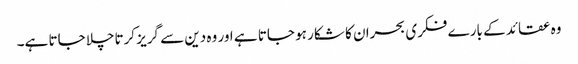
وہ عقائد کے بارے فکری بحران کا شکار ہو جاتا ہے اور وہ دین سے گریز کرتاچلا جاتا ہے۔